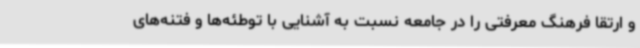
و ارتقا فرهنگ معرفتی را در جامعه نسبت به آشنایی با توطئه‌ها و فتنه‌های